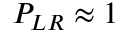
{ \cal P } _ { L R } \approx 1